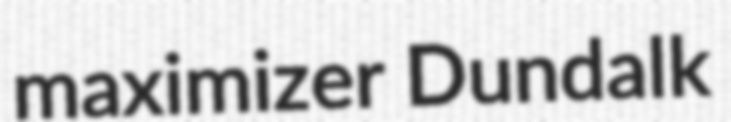
maximizer Dundalk